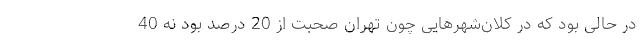
در حالی بود که در کلان‌شهرهایی چون تهران صحبت از 20 درصد بود نه 40